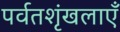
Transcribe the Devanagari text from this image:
पर्वतशृंखलाएँ